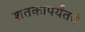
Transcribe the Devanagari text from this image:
शतकापर्यंतचे